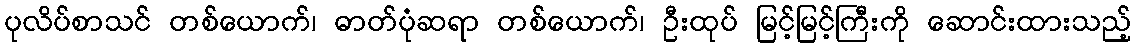
ပုလိပ်စာသင် တစ်ယောက်၊ ဓာတ်ပုံဆရာ တစ်ယောက်၊ ဦးထုပ် မြင့်မြင့်ကြီးကို ဆောင်းထားသည့်